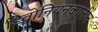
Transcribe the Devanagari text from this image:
डिवोनियनकालीन